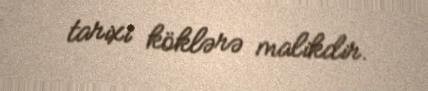
tarixi köklərə malikdir.